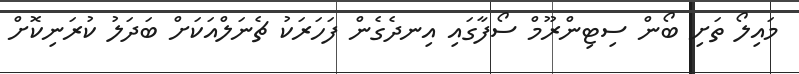
މައިލޯ ތަށި ބޯން ސިޓިންރޫމް ސޯފާގައި އިނދެގެން ފަހަރަކު ޗެނަލްއަކަށް ބަދަލު ކުރަނިކޮށް